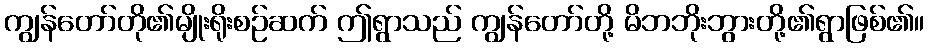
ကျွန်တော်တို၏မျိုးရိုးစဉ်ဆက် ဤရွာသည် ကျွန်တော်တို့ မိဘဘိုးဘွားတို့၏ရွာဖြစ်၏။